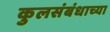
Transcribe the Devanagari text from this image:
कुलसंबंधाच्या